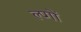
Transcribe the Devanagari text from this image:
ल्प्गों